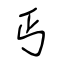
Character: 丐